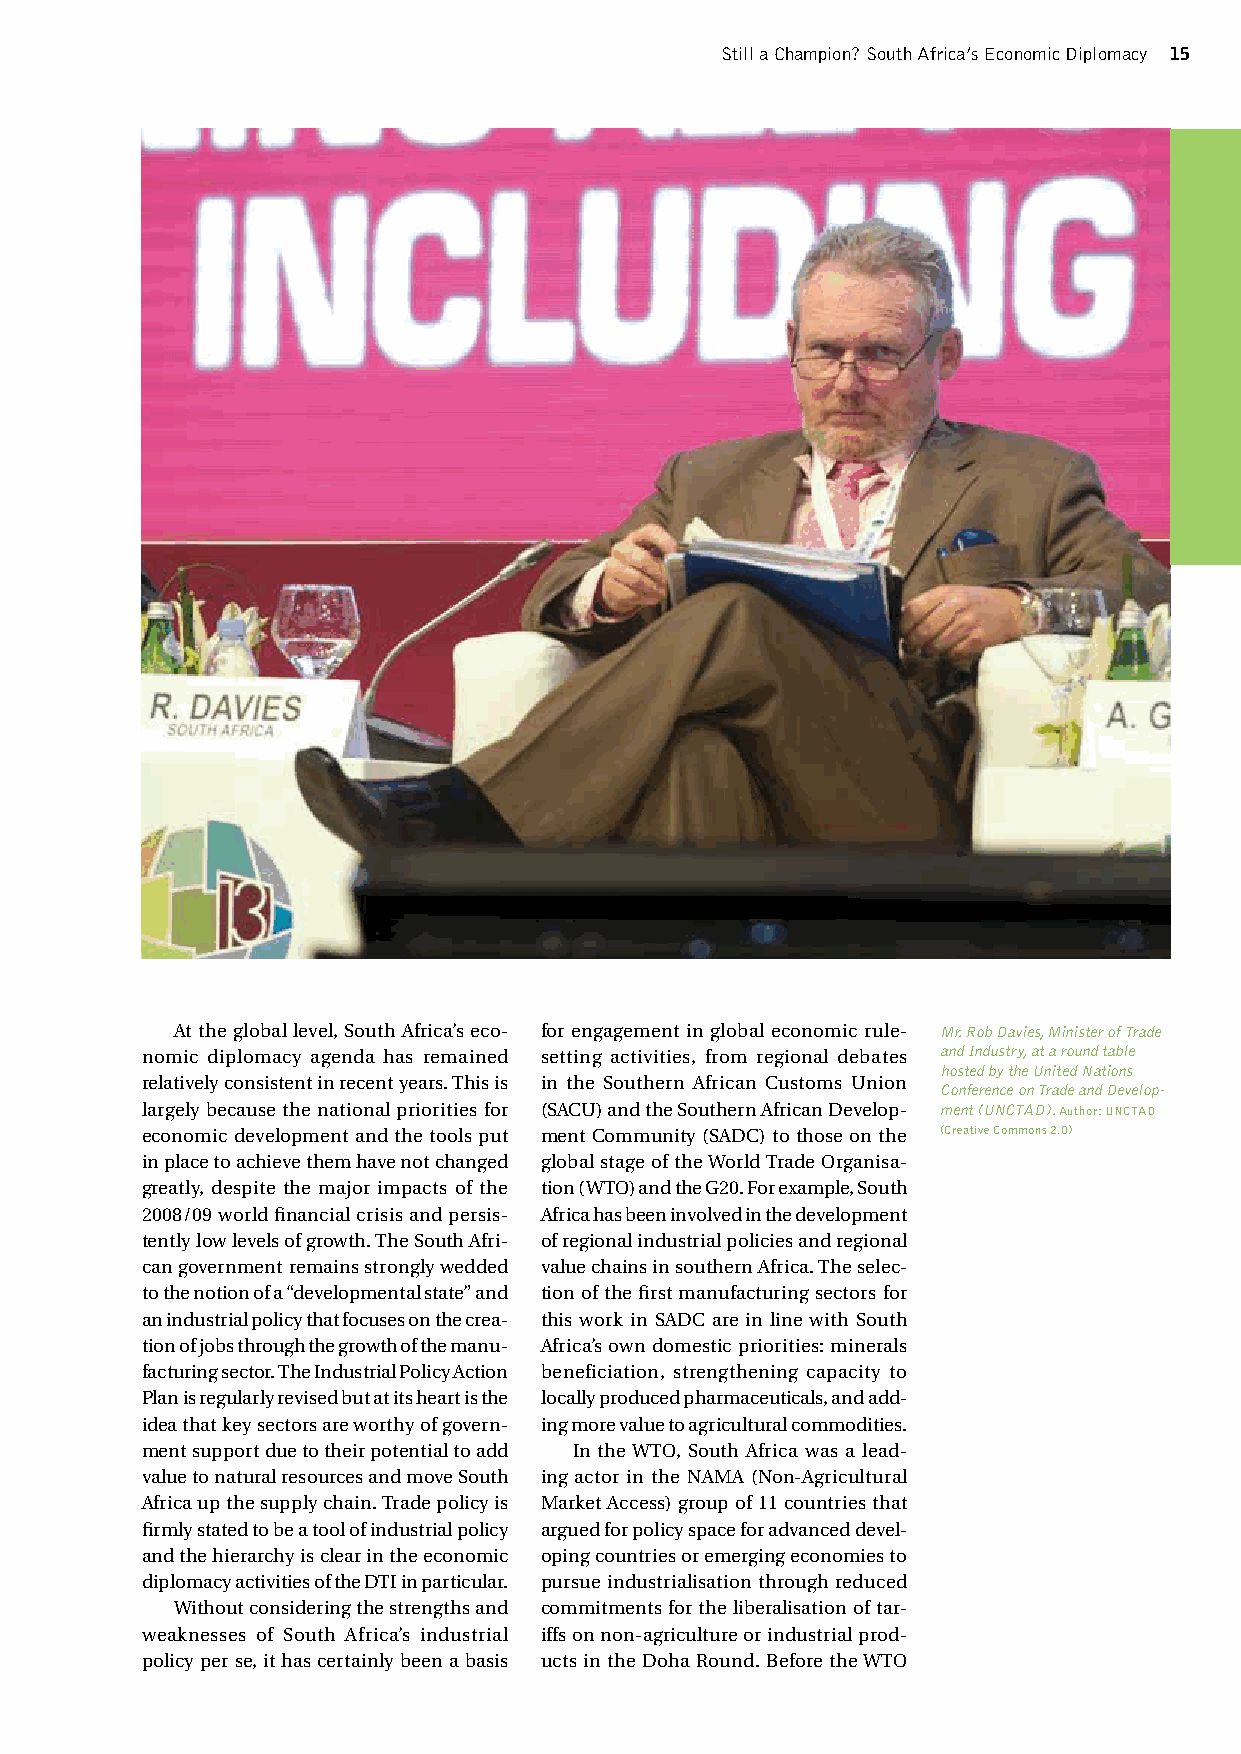
Still a Champion? South Africa’s Economic Diplomacy 15
 At the global level, South Africa’s eco- for engagement in global economic rule- Mr. Rob Davies, Minister of Trade
 nomic diplomacy agenda has remained setting activities, from regional debates and Industry, at a round table
 hosted by the United Nations
 relatively consistent in recent years. This is in the Southern African Customs Union
 Conference on Trade and Develop-
 largely because the national priorities for (SACU) and the Southern African Develop- ment (UNCTAD). Author: UNCTAD
 economic development and the tools put ment Community (SADC) to those on the (Creative Commons 2.0)
 in place to achieve them have not changed global stage of the World Trade Organisa-
 greatly, despite the major impacts of the tion (WTO) and the G20. For example, South
 2008/09 world financial crisis and persis- Africa has been involved in the development
 tently low levels of growth. The South Afri- of regional industrial policies and regional
 can government remains strongly wedded value chains in southern Africa. The selec-
 to the notion of a “developmental state” and tion of the first manufacturing sectors for
 an industrial policy that focuses on the crea- this work in SADC are in line with South
 tion of jobs through the growth of the manu- Africa’s own domestic priorities: minerals
 facturing sector. The Industrial Policy Action beneficiation, strengthening capacity to
 Plan is regularly revised but at its heart is the locally produced pharmaceuticals, and add-
 idea that key sectors are worthy of govern- ing more value to agricultural commodities.
 ment support due to their potential to add In the WTO, South Africa was a lead-
 value to natural resources and move South ing actor in the NAMA (Non-Agricultural
 Africa up the supply chain. Trade policy is Market Access) group of 11 countries that
 firmly stated to be a tool of industrial policy argued for policy space for advanced devel-
 and the hierarchy is clear in the economic oping countries or emerging economies to
 diplomacy activities of the DTI in particular. pursue industrialisation through reduced
 Without considering the strengths and commitments for the liberalisation of tar-
 weaknesses of South Africa’s industrial iffs on non-agriculture or industrial prod-
 policy per se, it has certainly been a basis ucts in the Doha Round. Before the WTO